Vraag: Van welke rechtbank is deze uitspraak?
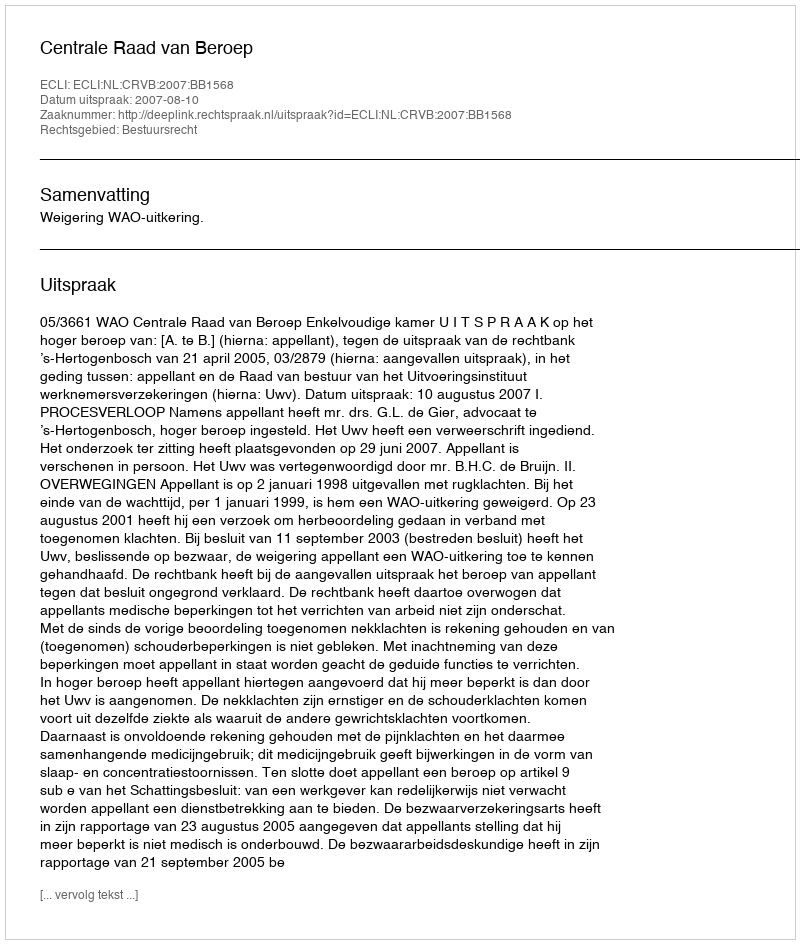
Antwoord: Centrale Raad van Beroep